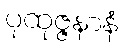
ပုထုဇ္ဇနာနံ